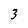
Character: 3